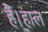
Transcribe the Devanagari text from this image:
हैं।हाल